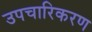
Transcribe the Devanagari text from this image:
उपचारिकरण